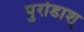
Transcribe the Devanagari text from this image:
पुरोडाश्